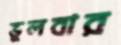
ভুলবার